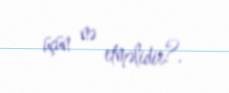
üçün nə etməlidir?.